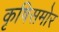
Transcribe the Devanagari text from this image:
कृषिसमोर